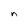
Character: n